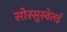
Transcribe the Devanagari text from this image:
सोस्सुस्वेलई